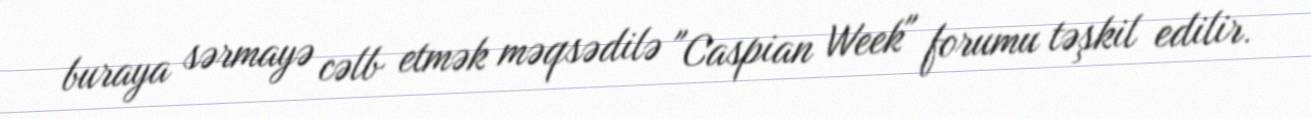
buraya sərmayə cəlb etmək məqsədilə "Caspian Week" forumu təşkil edilir.